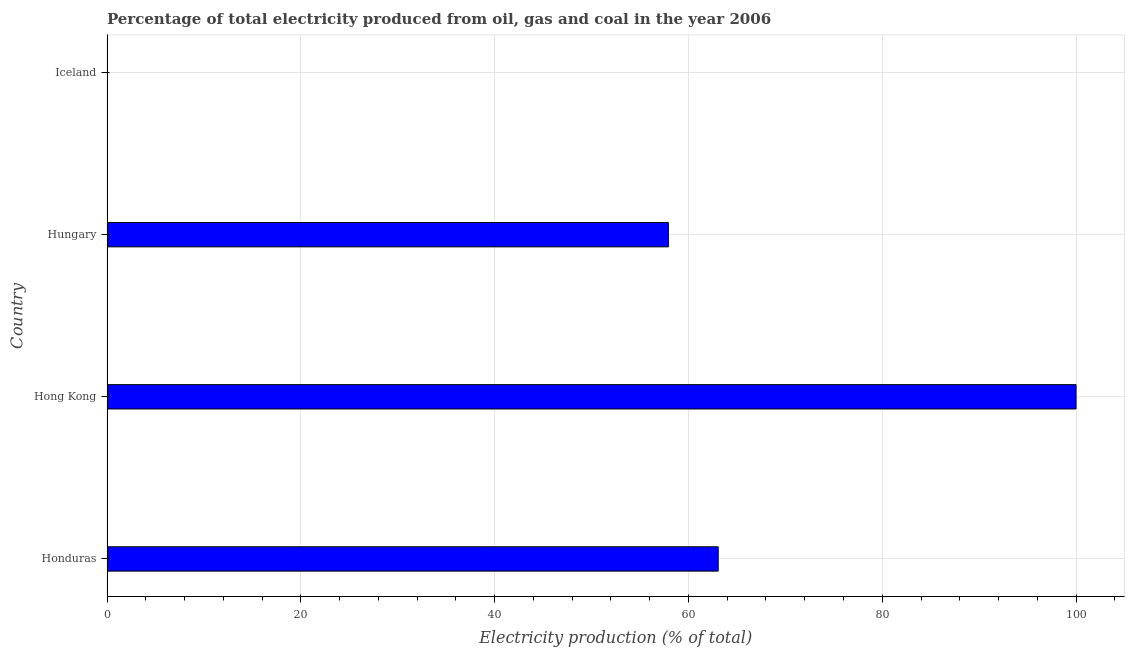
| Country | Electricity production |
 | --- | --- |
 | Honduras | 63.1 |
 | Hong Kong | 100 |
 | Hungary | 57.9 |
 | Iceland | 0.0403 |